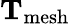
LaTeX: \mathrm{\mathbf T}_{\mathrm{mesh}}